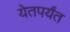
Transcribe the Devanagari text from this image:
येतपर्यंत